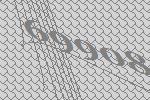
69908